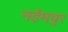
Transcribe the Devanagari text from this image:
नईमपुर